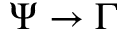
\Psi \to \Gamma